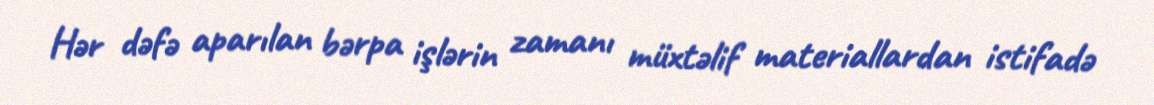
Hər dəfə aparılan bərpa işlərin zamanı müxtəlif materiallardan istifadə